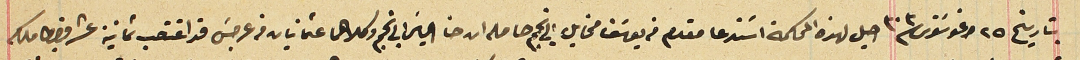
بتاريخ ٢٥ اغوسَتوس سنة ٣٠٣ احيل لهذه المحكمة اسَتدعا مقدم من يوسَف مخايل ابى نجم حاصله ان حنا الياسَ ابى نجم وكلاهما عثمانيان من عرجسَ قد اغتصب ثمانية عشر قيراط ملك